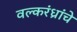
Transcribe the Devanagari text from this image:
वल्करंध्रांचे